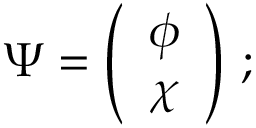
\Psi = \left( \begin{array} { c c } { { \phi } } \\ { { \chi } } \end{array} \right) \, ;